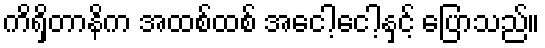
ကိရှိတာနိက အထစ်ထစ် အငေါ့ငေါ့နှင့် ပြောသည်။